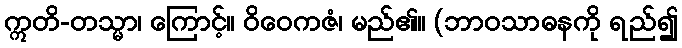
ဣတိ-တသ္မာ၊ ကြောင့်။ ဝိဝေကဇံ၊ မည်၏။ (ဘာဝသာဓနကို ရည်၍